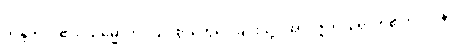
ကန္ဒတိ၊ ငို၏။ သမ္မောဟံ၊ ပြင်းစွာတွေဝေခြင်းသို့။ အာပဇ္ဇတိ၊ ရောက်၏။ ဝါ ပန၊